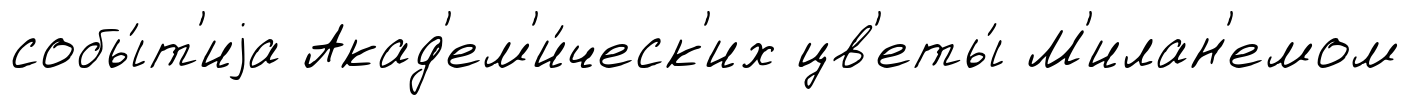
собы́т'иjа Акад'ем'и́ческ'их цв'еты́ М'илан'емом